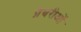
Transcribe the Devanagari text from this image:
प्रेयरीओं